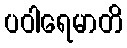
ပဝါရေမာတိ